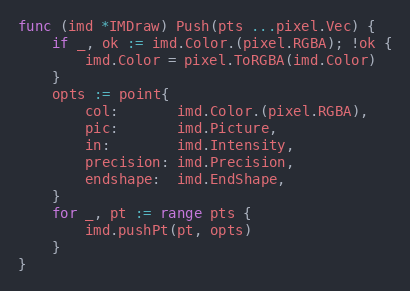
Language: Go
func (imd *IMDraw) Push(pts ...pixel.Vec) {
	if _, ok := imd.Color.(pixel.RGBA); !ok {
		imd.Color = pixel.ToRGBA(imd.Color)
	}
	opts := point{
		col:       imd.Color.(pixel.RGBA),
		pic:       imd.Picture,
		in:        imd.Intensity,
		precision: imd.Precision,
		endshape:  imd.EndShape,
	}
	for _, pt := range pts {
		imd.pushPt(pt, opts)
	}
}